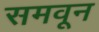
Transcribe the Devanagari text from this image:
समवून